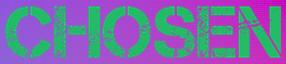
CHOSEN